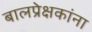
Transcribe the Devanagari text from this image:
बालप्रेक्षकांना